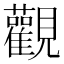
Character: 觀